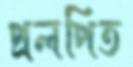
প্রলপিত